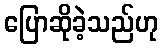
ပြောဆိုခဲ့သည်ဟု